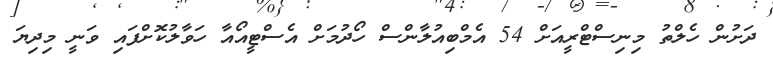
ދަށުން ހެލްތު މިނިސްޓްރީއަށް 54 އެމްބިއުލާންސް ހޯދުމަށް އެސްޓީއޯއާ ހަވާލުކޮށްފައި ވަނީ މިދިޔަ